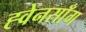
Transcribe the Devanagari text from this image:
ह्वेनसाँग